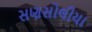
સણસોલીયા